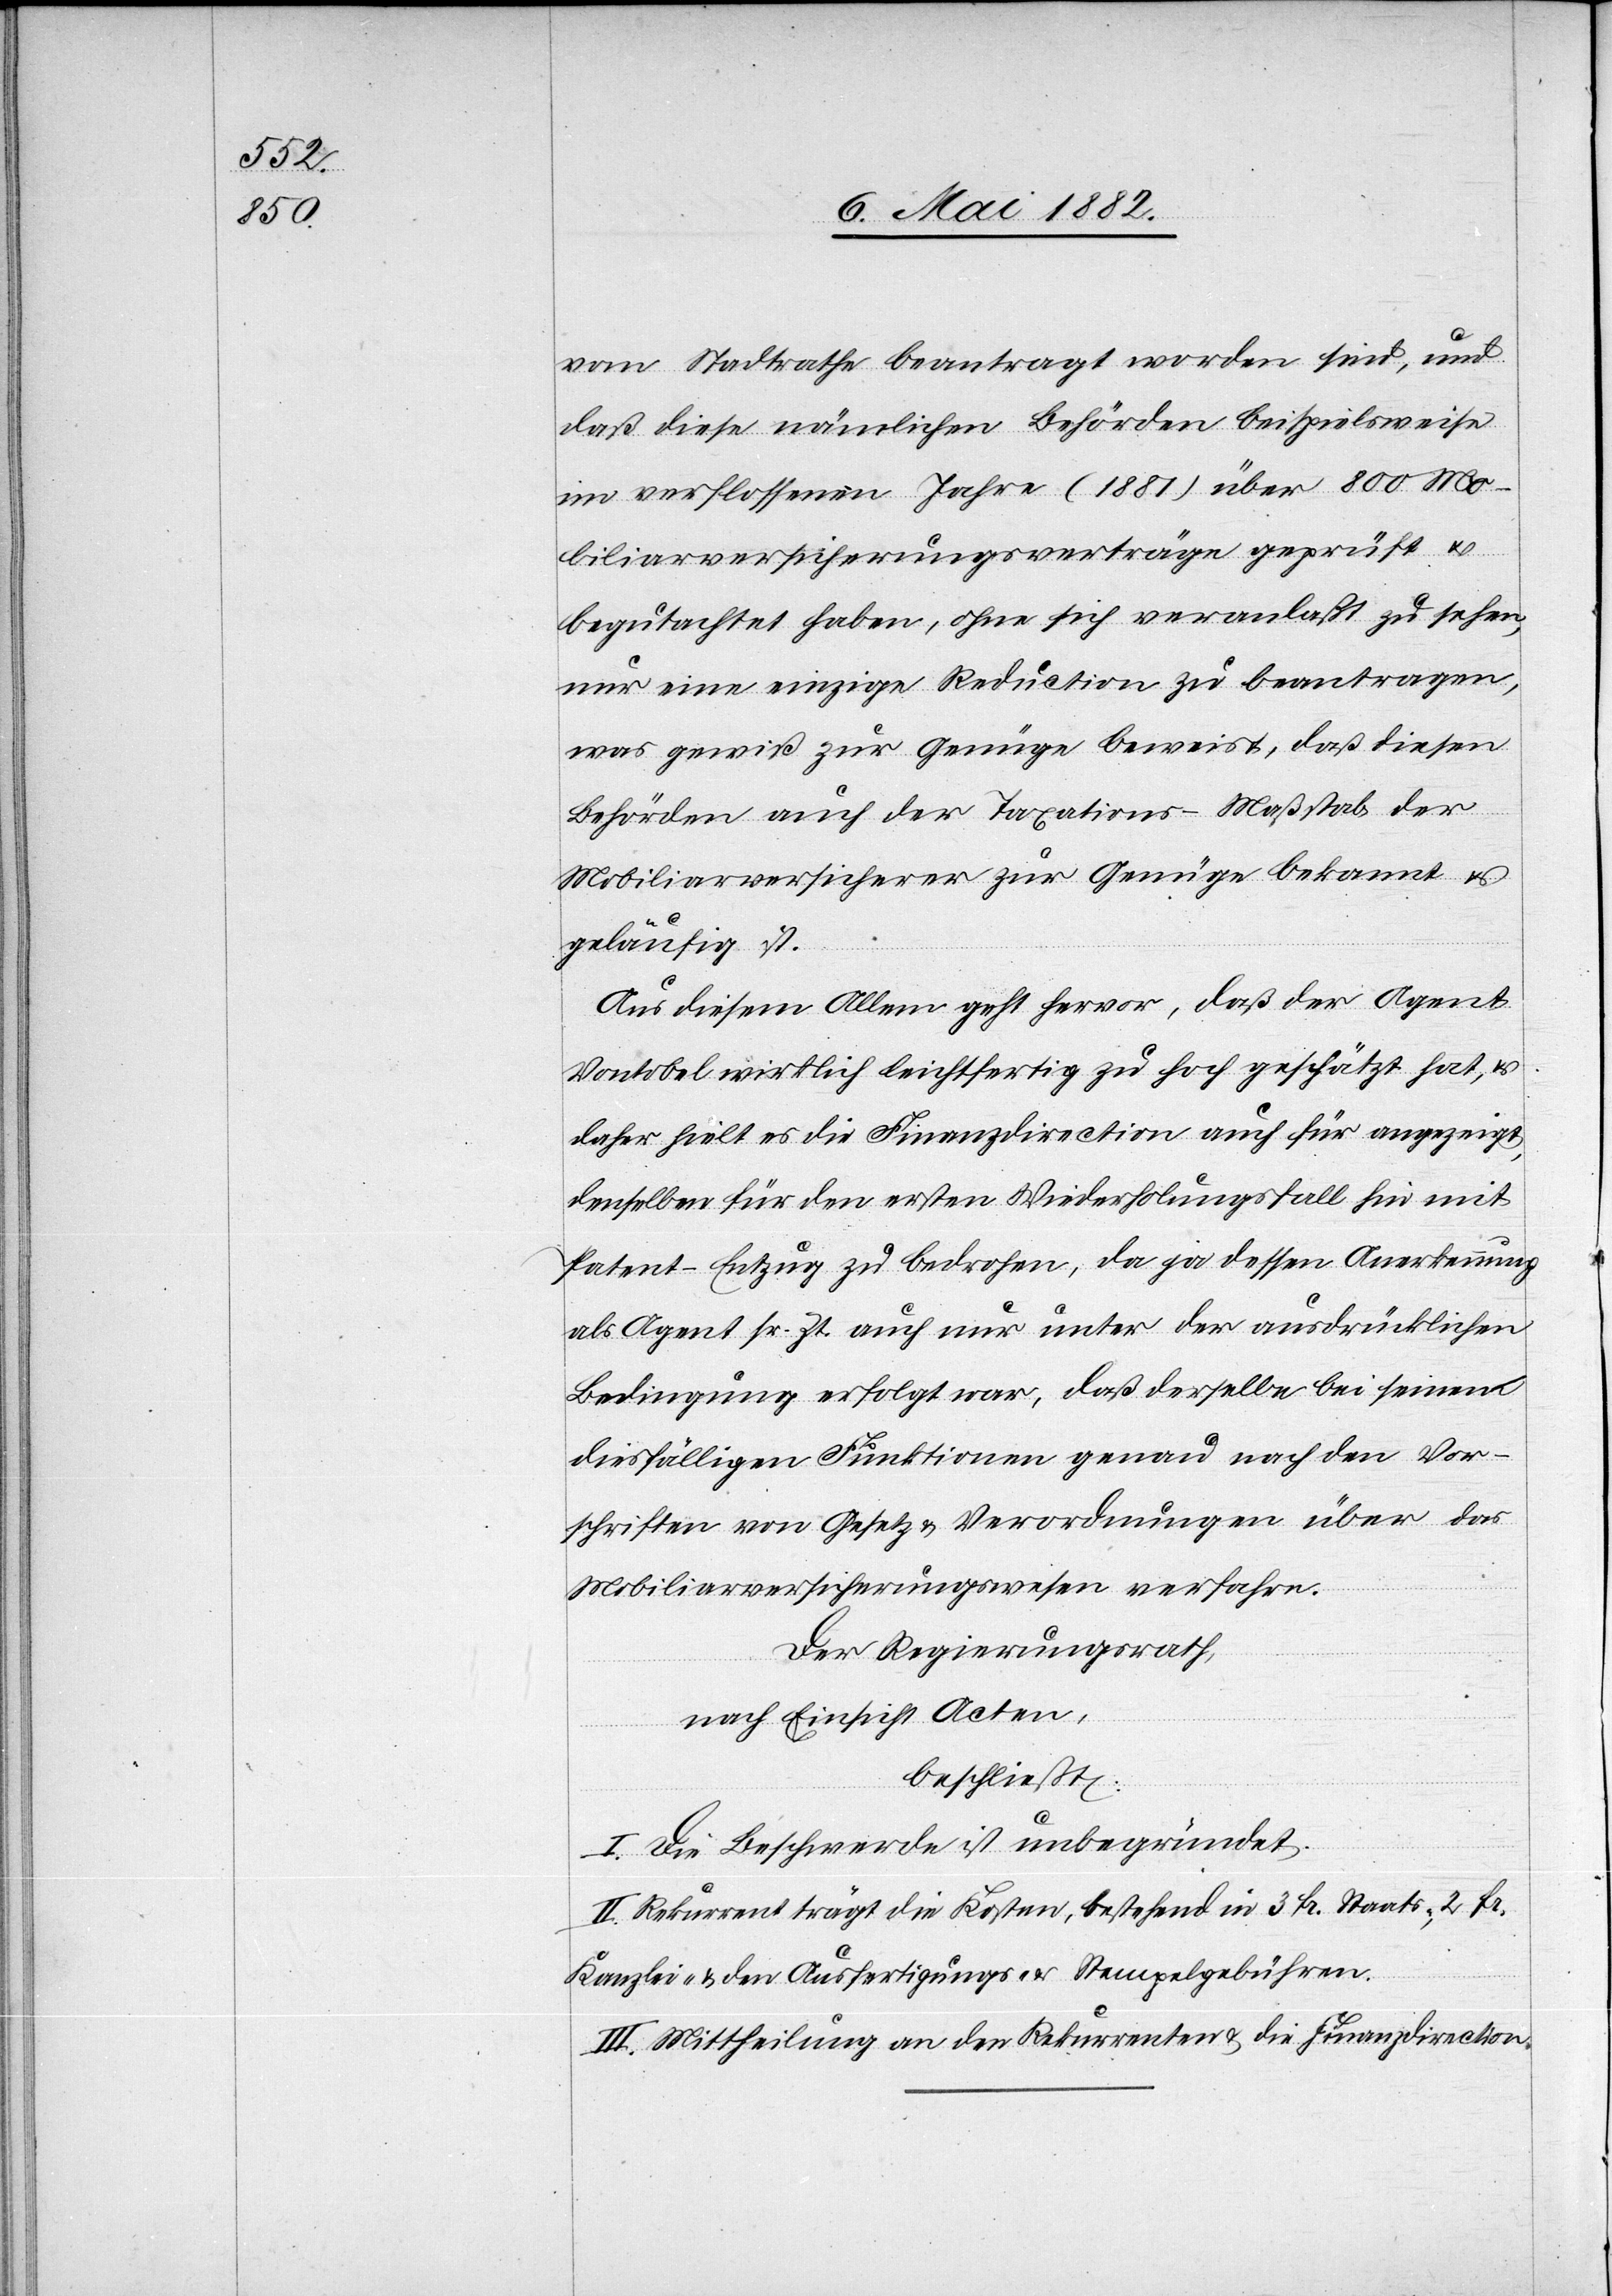
vom Stadtrathe beantragt worden sind, und
daß diese nämlichen Behörden beispielsweise
im verflossenen Jahre (1881) über 800 Mo¬
biliarversicherungsverträge geprüft u.
begutachtet haben, ohne sich veranlaßt zu sehen,
nur eine einzige Reduction zu beantragen,
was gewiß zur Genüge beweist, daß diesen
Behörden auch der Taxations-Maßstab der
Mobiliarversicherer zur Genüge bekannt u.
geläufig ist.
Aus diesem Allem geht hervor, daß der Agent
Vontobel wirklich leichtfertig zu hoch geschätzt hat, &
daher hielt es die Finanzdirection auch für angezeigt,
denselben für den ersten Wiederholungsfall hin
Patent-Entzug zu bedrohen, da ja dessen Anerkennung
als Agent sr. Zt. auch nur unter der ausdrücklichen
Bedingung erfolgt war, daß derselbe bei seinen
diesfälligen Funktionen genau nach den Vor¬
schriften von Gesetz & Verordnungen über das
Mobiliarversicherungswesen verfahre.
Der Regierungsrath,
nach Einsicht der Akten,
beschließt:
I. Die Beschwerde ist unbegründet.
II. Rekurrent trägt die Kosten, bestehend in 3 Fr. Staats-, 2 Fr.
Kanzlei- & den Ausfertigungs- & Stempelgebühren.
III. Mittheilung an den Rekurrenten & die Finanzdirection.